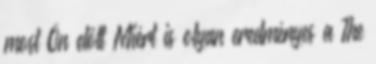
most Ön előtt Miért is olyan eredményes a The